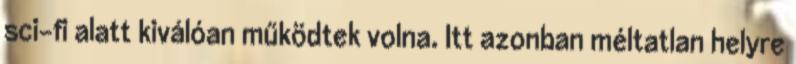
sci-fi alatt kiválóan működtek volna. Itt azonban méltatlan helyre